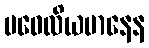
ပဝေလိယမာနေန